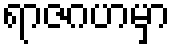
ရာဇဂဟမှာ